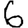
Digit: 6